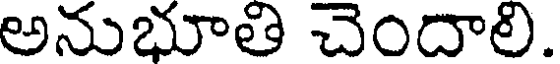
అనుభూతి చెందాలి.